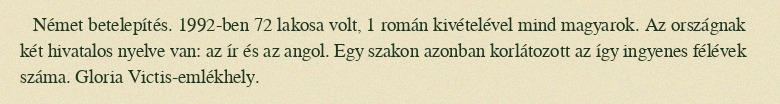
Német betelepítés. 1992-ben 72 lakosa volt, 1 román kivételével mind magyarok. Az országnak két hivatalos nyelve van: az ír és az angol. Egy szakon azonban korlátozott az így ingyenes félévek száma. Gloria Victis-emlékhely.